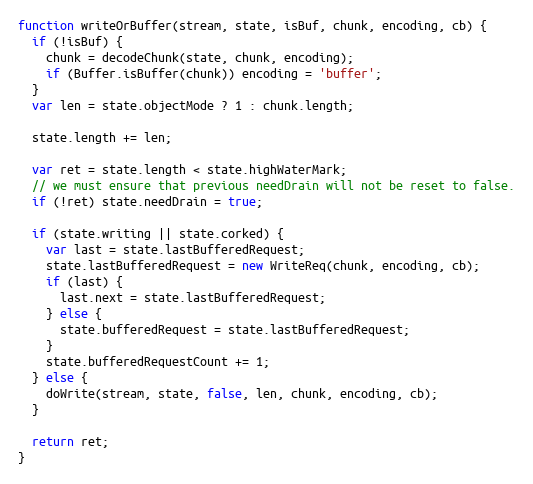
Language: JavaScript
function writeOrBuffer(stream, state, isBuf, chunk, encoding, cb) {
  if (!isBuf) {
    chunk = decodeChunk(state, chunk, encoding);
    if (Buffer.isBuffer(chunk)) encoding = 'buffer';
  }
  var len = state.objectMode ? 1 : chunk.length;

  state.length += len;

  var ret = state.length < state.highWaterMark;
  // we must ensure that previous needDrain will not be reset to false.
  if (!ret) state.needDrain = true;

  if (state.writing || state.corked) {
    var last = state.lastBufferedRequest;
    state.lastBufferedRequest = new WriteReq(chunk, encoding, cb);
    if (last) {
      last.next = state.lastBufferedRequest;
    } else {
      state.bufferedRequest = state.lastBufferedRequest;
    }
    state.bufferedRequestCount += 1;
  } else {
    doWrite(stream, state, false, len, chunk, encoding, cb);
  }

  return ret;
}